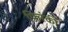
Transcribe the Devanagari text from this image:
फ़िरंकी